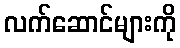
လက်ဆောင်များကို